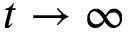
t \rightarrow \infty